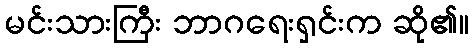
မင်းသားကြီး ဘာဂရေးရှင်းက ဆို၏။